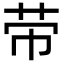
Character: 𦭬